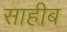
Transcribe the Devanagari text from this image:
साहीब